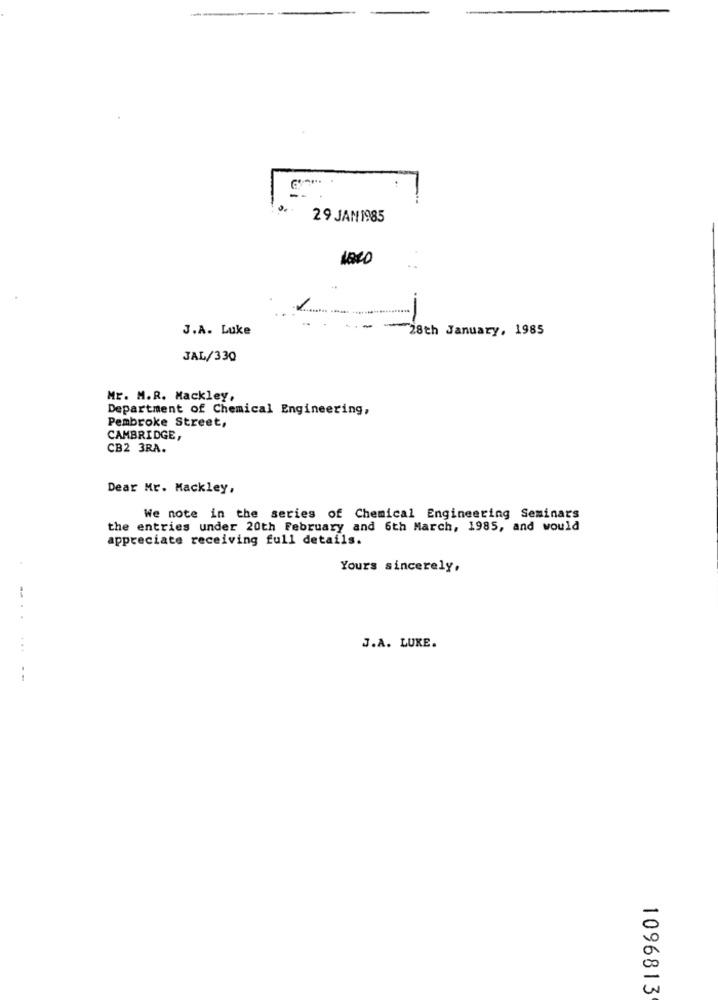
29 JAN 1985
.-
J.A. Luke
28th January, 1985
JAL/330
Mr. M.R. Mackley,
Department of Chemical Engineering,
Pembroke Street,
CAMBRIDGE,
CB2 3RA.
Dear Mr. Mackley,
We note in the series of Chemical Engineering Seminars
the entries under 20th February and 6th March, 1985, and would
appreciate receiving full details.
Yours sincerely,
....
J.A. LUKE.
1096813